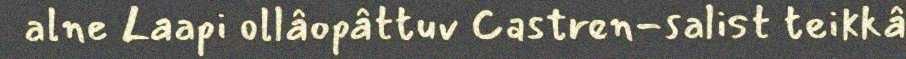
alne Laapi ollâopâttuv Castren-salist teikkâ